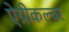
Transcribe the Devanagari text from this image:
ऐग्रीकल्चर